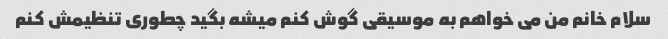
سلام خانم من می خواهم به موسیقی گوش کنم میشه بگید چطوری تنظیمش کنم